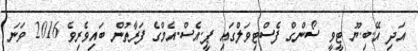
އަދި އޭ.ބި.ޔޫ ޓީވީ ސޯންގް ފެސްޓިވަލްގައި ޕީ.އެސް.އެމްގެ ފަރާތުން ބައިވެރިވެ 2016 ވަނަ